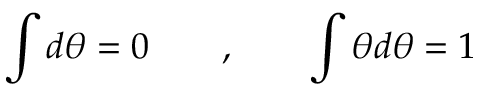
\int d \theta = 0 \qquad , \qquad \int \theta d \theta = 1